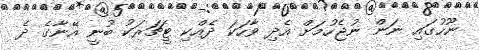
ނޫހުގައި ނަން ނުޖެހުމަށް އެދި ވާހަކަ ދެއްކި ޓީޗަރަކު ބުނީ އޭނާގެ ދެ